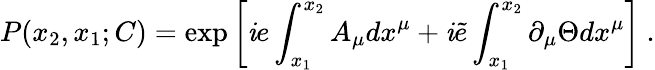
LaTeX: P(x_{2},x_{1};C)=\exp\left[\mathit{i}e\int_{x_{1}}^{x_{2}}A_{\mu}dx^{\mu}+\mathit{i}\tilde{{e}}\int_{x_{1}}^{x_{2}}\partial_{\mu}{\Theta}dx^{\mu}\right]~.